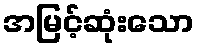
အမြင့်ဆုံးသော